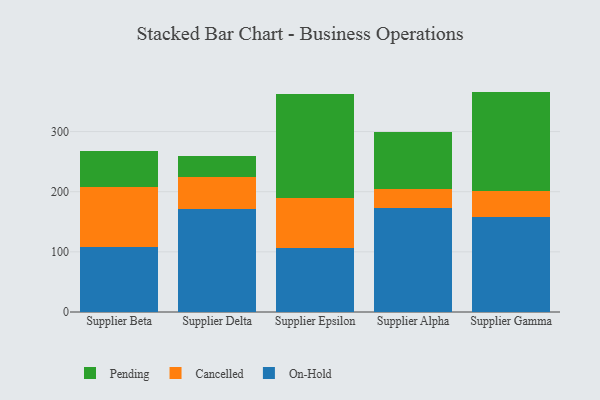
{"axis": {"x": "Supplier", "y": "Humidity (%)"}, "legend": ["Cancelled", "On-Hold", "Pending"], "data": [{"x": "Supplier Beta", "y": 108.2, "type": "On-Hold"}, {"x": "Supplier Beta", "y": 99.4, "type": "Cancelled"}, {"x": "Supplier Beta", "y": 59.6, "type": "Pending"}, {"x": "Supplier Delta", "y": 171.6, "type": "On-Hold"}, {"x": "Supplier Delta", "y": 52.1, "type": "Cancelled"}, {"x": "Supplier Delta", "y": 36.1, "type": "Pending"}, {"x": "Supplier Epsilon", "y": 107.1, "type": "On-Hold"}, {"x": "Supplier Epsilon", "y": 81.8, "type": "Cancelled"}, {"x": "Supplier Epsilon", "y": 173.3, "type": "Pending"}, {"x": "Supplier Alpha", "y": 172.1, "type": "On-Hold"}, {"x": "Supplier Alpha", "y": 32.8, "type": "Cancelled"}, {"x": "Supplier Alpha", "y": 93.7, "type": "Pending"}, {"x": "Supplier Gamma", "y": 157.6, "type": "On-Hold"}, {"x": "Supplier Gamma", "y": 43.4, "type": "Cancelled"}, {"x": "Supplier Gamma", "y": 165.4, "type": "Pending"}]}